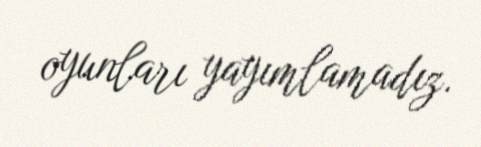
oyunları yayımlamadız.